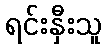
ရင်းနှီးသူ